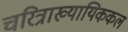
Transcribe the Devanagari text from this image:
चरित्राख्यायिककल